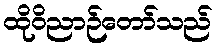
ထိုဝိညာဉ်တော်သည်